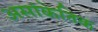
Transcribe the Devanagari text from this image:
असांकेतिक